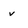
Character: v